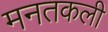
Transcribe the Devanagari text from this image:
मनतकली